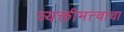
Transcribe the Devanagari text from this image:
व्यक्तीमत्त्वाचा